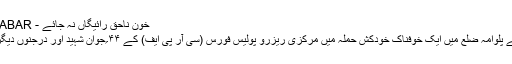
خون ناحق رائیگاں نہ جائے - NEWSINKHABAR
جنوبی کشمیر کے پلوامہ ضلع میں ایک خوفناک خودکش حملہ میں مرکزی ریزرو پولیس فورس (سی آر پی ایف) کے ۴۴؍جوان شہید اور درجنوں دیگر زخمی ہو گئے۔